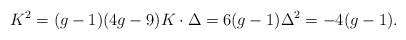
LaTeX: \begin{align*} K^2 = (g-1)(4g-9) K\cdot\Delta = 6(g-1) \Delta^2 = -4(g-1).\end{align*}